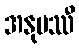
အနုပဿီ